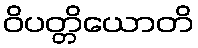
ဝိပတ္တိယောတိ